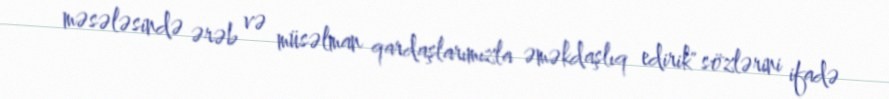
məsələsində ərəb və müsəlman qardaşlarımızla əməkdaşlıq edirik" sözlərini ifadə